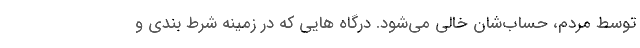
توسط مردم، حساب‌شان خالی می‌شود. درگاه هایی که در زمینه شرط بندی و